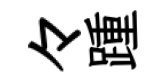
々踵